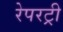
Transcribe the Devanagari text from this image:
रेपरट्री